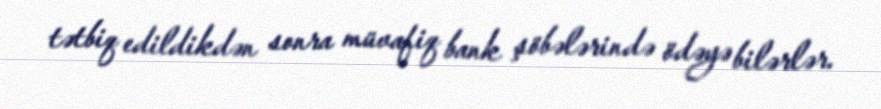
tətbiq edildikdən sonra müvafiq bank şöbələrində ödəyə bilərlər.